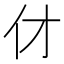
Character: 𠆫